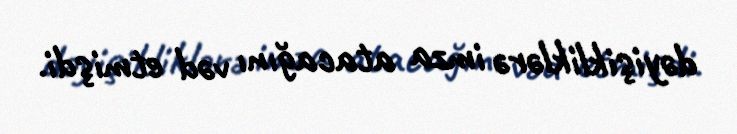
dəyişikliklərə imza atacağını vəd etmişdi.